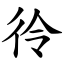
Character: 彾